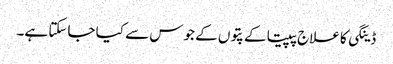
ڈینگی کا علاج پپیتا کے پتوں کے جوس سے کیا جاسکتا ہے۔